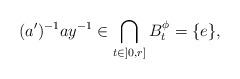
LaTeX: \begin{align*}(a')^{-1}ay^{-1}\in\bigcap_{t\in]0,r]}B^\phi_t=\{e\},\end{align*}